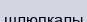
шлюпкалы